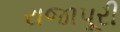
રાજાપૂરી